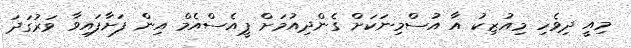
މިއީ ދިވެހި މިއުޒިކު އާ އުސްމިނަކަށް ގެންދިއުމަށް ޕީއެސްއެމް އިން ފަށާފައިވާ ވަރުގަދަ